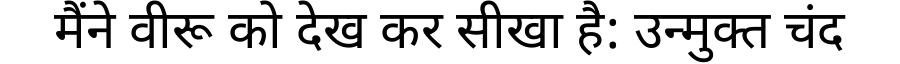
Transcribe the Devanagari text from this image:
मैंने वीरू को देख कर सीखा है: उन्मुक्त चंद